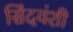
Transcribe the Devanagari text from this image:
सिंदवंशी